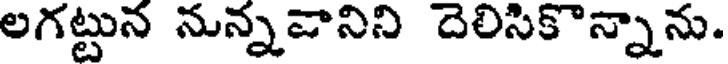
లగట్టున నున్నవానిని దెలిసికొన్నాను.